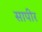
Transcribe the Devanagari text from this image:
सापीर